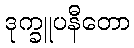
ဒုက္ခူပနီတော